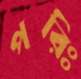
পরিঃ